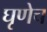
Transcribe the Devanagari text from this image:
घृणेच